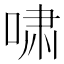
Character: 啸